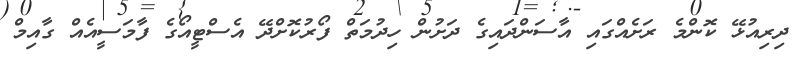
ދިރިއުޅޭ ކޮންމެ ރަށެއްގައި އާސަންދައިގެ ދަށުން ހިދުމަތް ފޯރުކޮށްދޭ އެސްޓީއޯގެ ފާމަސީއެއް ގާއިމް